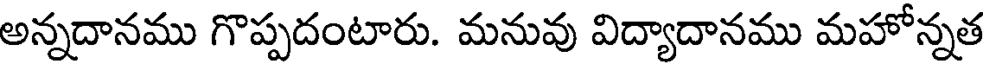
అన్నదానము గొప్పదంటారు. మనువు విద్యాదానము మహోన్నత